Indian journal of veterinary science and animal husbandry - Volume 14,
Year: 1944
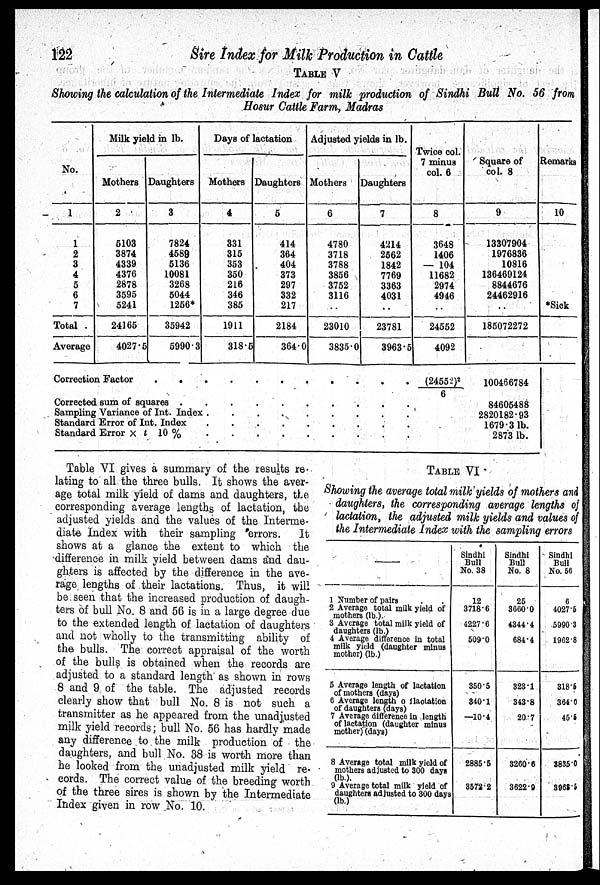
122
Sire Index for Milk Production in Cattle
TABLE V
Showing the calculation of the Intermediate Index for milk production of Sindhi Bull No. 56 from
Hosur Cattle Farm, Madras
No.
1
1
2
3
4
5
6
7
Total .
Average
Milk yield in lb.
Mothers
2
5103
3874
4339
4376
2878
3595
5241
24165
4027.5
Daughters
3
7824
4589
5136
10081
3268
5044
1256*
35942
5990.3
Days of lactation
Mothers
4
331
315
353
350
216
346
385
1911
318.5
Daughters
5
414
364
404
373
297
332
217
2184
364.0
Adjusted yields in lb.
Mothers
6
4780
3718
3788
3856
3752
3116
..
23010
3835.0
Daughters
7
4214
2562
1842
7769
3363
4031
..
23781
3963.5
Twice col.
7 minus
col. 6
8
3648
1406
— 104
11682
2974
4946
..
24552
4092
Square of
col. 8
9
13307904
1976836
10816
136469124
8844676
24462916
..
185072272
Remarks
10
*Sick
Correction Factor . . . . . . . . . . . .
Corrected sum of squares . . . . . . . . . .
Sampling Variance of Int. Index . . . . . . . . . .
Standard error of Int. Index . . . . . . . . . .
Standard Error × t 10 % . . . . . . . . . .
(24552) 2 /6
100466784
84605488
2820182.93
1679.3 lb.
2873 lb
Table VI gives a summary of the results re-
lating to all the three bulls. It shows the aver-
age total milk yield of dams and daughters, the
corresponding average lengths of lactation, the
adjusted yields and the values of the Interme-
diate. Index with their sampling errors.
It
shows at a glance the extent to which the
difference in milk yield between dams and dau-
ghters is affected by the difference in the ave-
rage lengths of their lactations. Thus, it will
be seen that the increased production of daugh-
ters of bull No. 8 and 56 is in a large degree due
to the extended length of lactation of daughters
and not wholly to the transmitting ability of
the bulls. The correct appraisal of the worth
of the bulls is obtained when the records are
adjusted to a standard length as shown in rows
8 and 9 of the table. The adjusted records
clearly show that bull No. 8 is not such a
transmitter as he appeared from the unadjusted
milk yield records; bull No. 56 has hardly made
any difference to the milk production of the
daughters, and bull No. 38 is worth more than
he looked from the unadjusted milk yield re-
cords. The correct value of the breeding worth
of the three sires is shown by the Intermediate
Index given in row No. 10.
TABLE VI
Showing the average total milk yields of mothers and
daughters, the corresponding average lengths of
lactation, the adjusted milk yields and values of
the Intermediate Index with the sampling errors
—
1 Number of pairs
2 Average total milk yield of
3 Average total milk yield of
daughters (lb.)
4 Average difference in total
milk yield (daughter minus
mother) (lb.)
5 Average length of lactation
of mothers (days)
6 Average length o f lactation
of daughters (days)
7 Average difference in length
of lactation (daughter minus
mother) (days)
8 Average total milk yield of
mothers adjusted to 300 days
9 Average total milk yield of
daughters adjusted to 300 days
(lb.)
Sindhi
Bull
No. 38
12
3718.6
4227.6
509.0
350.5
340.1
—10.4
2885.5
3572.2
Sindhi
Bull
No. 8
25
3660.0
4344.4
684.4
323.1
343.8
20.7
3260.6
3622.9
Sindhi
Bull
No. 56
6
4027.5
5990.3
1962.8
318.5
364.0
45.5
3835.0
3968.5